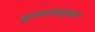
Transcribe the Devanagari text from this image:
कुलनामानुसार